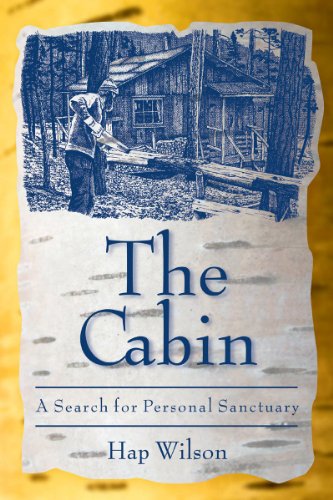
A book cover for The Cabin: A Search for Personal Sanctuary; Hap Wilson; Biographies & Memoirs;